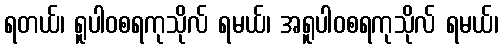
ရတယ်၊ ရူပါဝစရကုသိုလ် ရမယ်၊ အရူပါဝစရကုသိုလ် ရမယ်၊